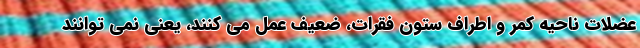
عضلات ناحیه کمر و اطراف ستون فقرات، ضعیف عمل می کنند، یعنی نمی توانند